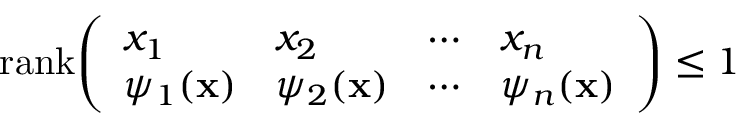
{ \mathrm { r a n k } } { \left( \begin{array} { l l l l } { x _ { 1 } } & { x _ { 2 } } & { \cdots } & { x _ { n } } \\ { \psi _ { 1 } ( \mathbf { x } ) } & { \psi _ { 2 } ( \mathbf { x } ) } & { \cdots } & { \psi _ { n } ( \mathbf { x } ) } \end{array} \right) } \leq 1